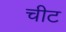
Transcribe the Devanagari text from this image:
चीट